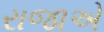
રાજાએ